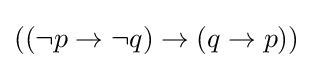
((\neg p\to \neg q)\to (q\to p))